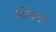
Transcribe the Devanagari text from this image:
प्रोटेक्टन